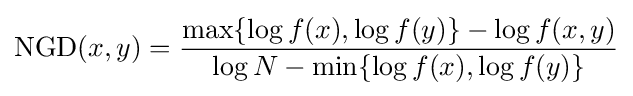
\operatorname {NGD} (x,y)={\frac {\max\{\log f(x),\log f(y)\}-\log f(x,y)}{\log N-\min\{\log f(x),\log f(y)\}}}